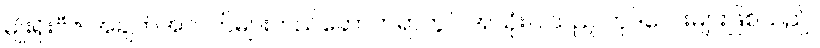
မျိုးရိုးဗီဇ အချက်အလက်များတည်ဆောက်ရာတွင် အသုံးပြုသည့် ကုဒ်လေးများဖြစ်သည်။